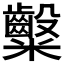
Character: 𮈀